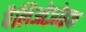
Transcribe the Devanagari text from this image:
पैलिओज़ोइक